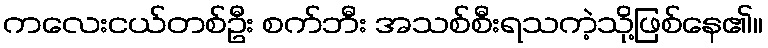
ကလေးငယ်တစ်ဦး စက်ဘီး အသစ်စီးရသကဲ့သို့ဖြစ်နေ၏။